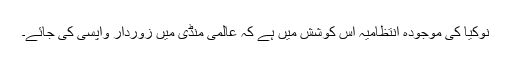
نوکیا کی موجودہ انتظامیہ اِس کوشش میں ہے کہ عالمی منڈی میں زوردار واپسی کی جائے۔